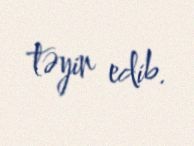
təyin edib.